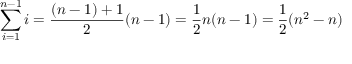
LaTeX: \sum _ { i = 1 } ^ { n - 1 } i = { \frac { ( n - 1 ) + 1 } { 2 } } ( n - 1 ) = { \frac { 1 } { 2 } } n ( n - 1 ) = { \frac { 1 } { 2 } } ( n ^ { 2 } - n )